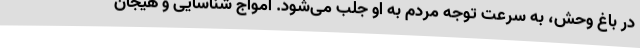
در باغ وحش، به سرعت توجه مردم به او جلب می‌شود. امواج شناسایی و هیجان